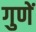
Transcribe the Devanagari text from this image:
गुणें